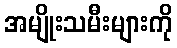
အမျိုးသမီးများကို